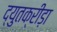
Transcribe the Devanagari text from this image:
द्युतक्रीड़ा